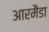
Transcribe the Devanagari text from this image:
आरमैडा